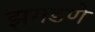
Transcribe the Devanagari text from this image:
झगडणे